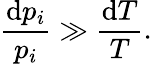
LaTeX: \frac{\mathrm{d}p_{i}}{p_{i}}\gg\frac{\mathrm{d}T}{T}.